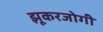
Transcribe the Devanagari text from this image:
झूकरजोगी